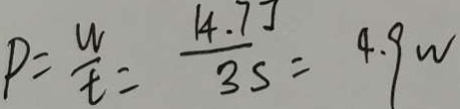
P = \frac { w } { t } = \frac { 1 4 . 7 J } { 3 s } = 4 . 9 w